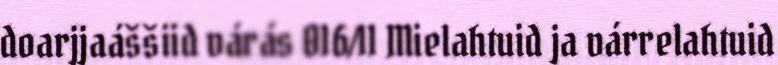
doarjjaáššiid várás 016/11 Mielahtuid ja várrelahtuid